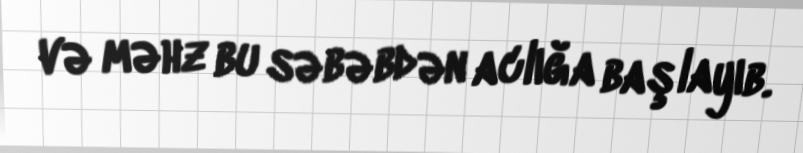
və məhz bu səbəbdən aclığa başlayıb.